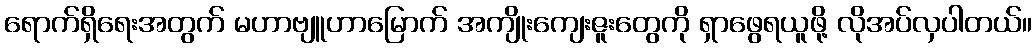
ရောက်ရှိရေးအတွက် မဟာဗျူဟာမြောက် အကျိုးကျေးဇူးတွေကို ရှာဖွေရယူဖို့ လိုအပ်လှပါတယ်။